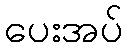
ပေးအပ်